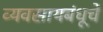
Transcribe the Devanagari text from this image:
व्यवसायबंधूचें